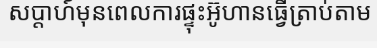
សប្តាហ៍មុនពេលការផ្ទុះអ៊ូហានធ្វើត្រាប់តាម